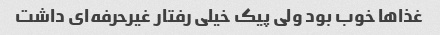
غذاها خوب بود ولی پیک خیلی رفتار غیرحرفه‌ای داشت